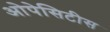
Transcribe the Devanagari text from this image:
ओपेसिटीस